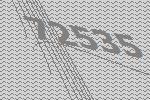
72535